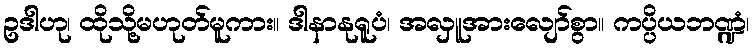
ဥဒါဟု၊ ထိုသို့မဟုတ်မူကား။ ဒါနာနုရူပံ၊ အလှူအားလျော်စွာ။ ကပ္ပိယဘဏ္ဍံ၊